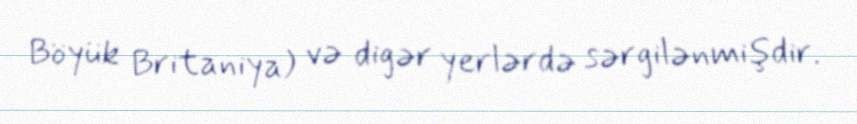
Böyük Britaniya) və digər yerlərdə sərgilənmişdir.